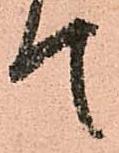
て